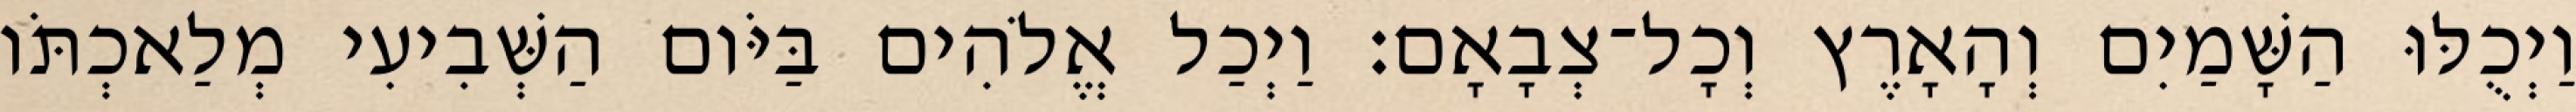
וַיְכֻלּוּ הַשָּׁמַיִם וְהָאָרֶץ וְכָל־צְבָאָם׃ וַיְכַל אֱלֹהִים בַּיֹּום הַשְּׁבִיעִי מְלַאכְתֹּו